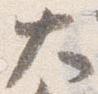
大